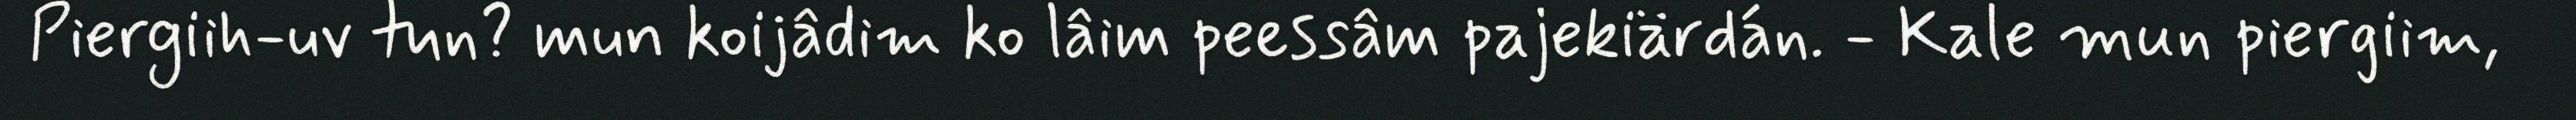
Piergiih-uv tun? mun koijâdim ko lâim peessâm pajekiärdán. - Kale mun piergiim,